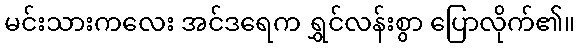
မင်းသားကလေး အင်ဒရေက ရွှင်လန်းစွာ ပြောလိုက်၏။